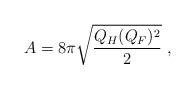
LaTeX: \begin{align*}A= 8\pi \sqrt {Q_H (Q_F)^2\over 2} \ ,\end{align*}